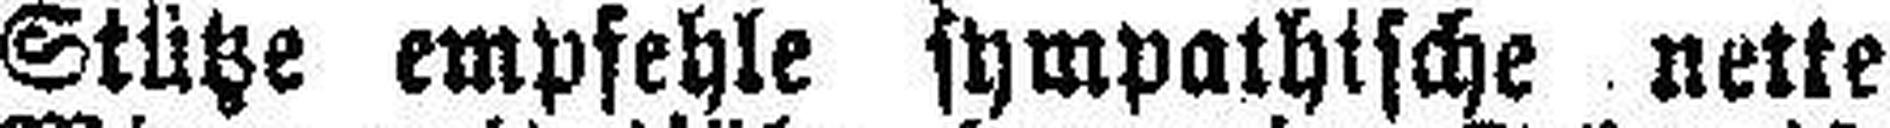
Stütze empfehle sympathische nette